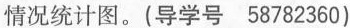
情况统计图。(导学号58782360)